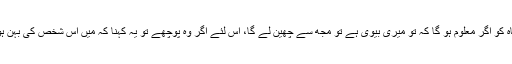
انہوں نے اپنی بیوی سے کہا کہ اس ظالم بادشاہ کو اگر معلوم ہو گا کہ تو میری بیوی ہے تو مجھ سے چھین لے گا، اس لئے اگر وہ پوچھے تو یہ کہنا کہ میں اس شخص کی بہن ہوں اور تو اسلام کے رشتہ سے میری بہن ہے۔